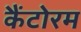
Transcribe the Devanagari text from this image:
कैंटोरम